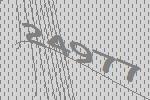
24977